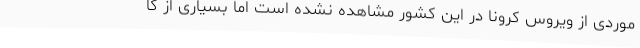
موردی از ویروس کرونا در این کشور مشاهده نشده است اما بسیاری از کا